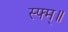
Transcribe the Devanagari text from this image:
स्फ्म्॥